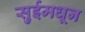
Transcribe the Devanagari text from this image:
सुईमधून